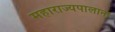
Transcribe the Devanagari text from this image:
महाराज्यपालाना